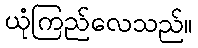
ယုံကြည်လေသည်။